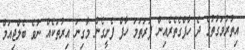
އިތުރުވަގުތުގެ ދެ ހާފްގެތެރެއިން ފުރަތަމަ ހާފް ފެށީގެން މާގިނަ އިރުތަކެއް ނުވެ ބެލްޖިއަމް